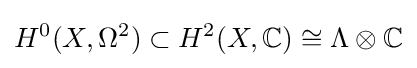
H^{0}(X,\Omega ^{2})\subset H^{2}(X,\mathbb {C} )\cong \Lambda \otimes \mathbb {C}